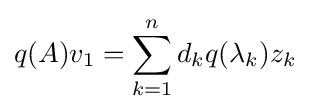
q(A)v_{1}=\sum _{k=1}^{n}d_{k}q(\lambda _{k})z_{k}